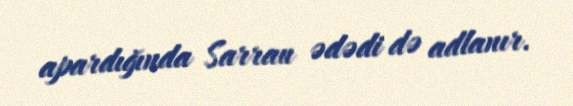
apardığında Sarrau ədədi də adlanır.